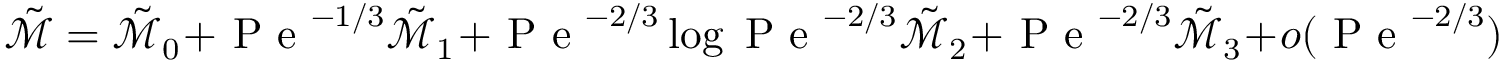
\tilde { \mathcal { M } } = \tilde { \mathcal { M } } _ { 0 } + \mathrm { ~ P ~ e ~ } ^ { - 1 / 3 } \tilde { \mathcal { M } } _ { 1 } + \mathrm { ~ P ~ e ~ } ^ { - 2 / 3 } \log \mathrm { ~ P ~ e ~ } ^ { - 2 / 3 } \tilde { \mathcal { M } } _ { 2 } + \mathrm { ~ P ~ e ~ } ^ { - 2 / 3 } \tilde { \mathcal { M } } _ { 3 } + o ( \mathrm { ~ P ~ e ~ } ^ { - 2 / 3 } )